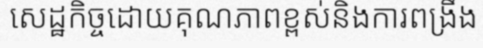
សេដ្ឋកិច្ចដោយគុណភាពខ្ពស់និងការពង្រឹង